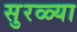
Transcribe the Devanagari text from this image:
सुरळ्या